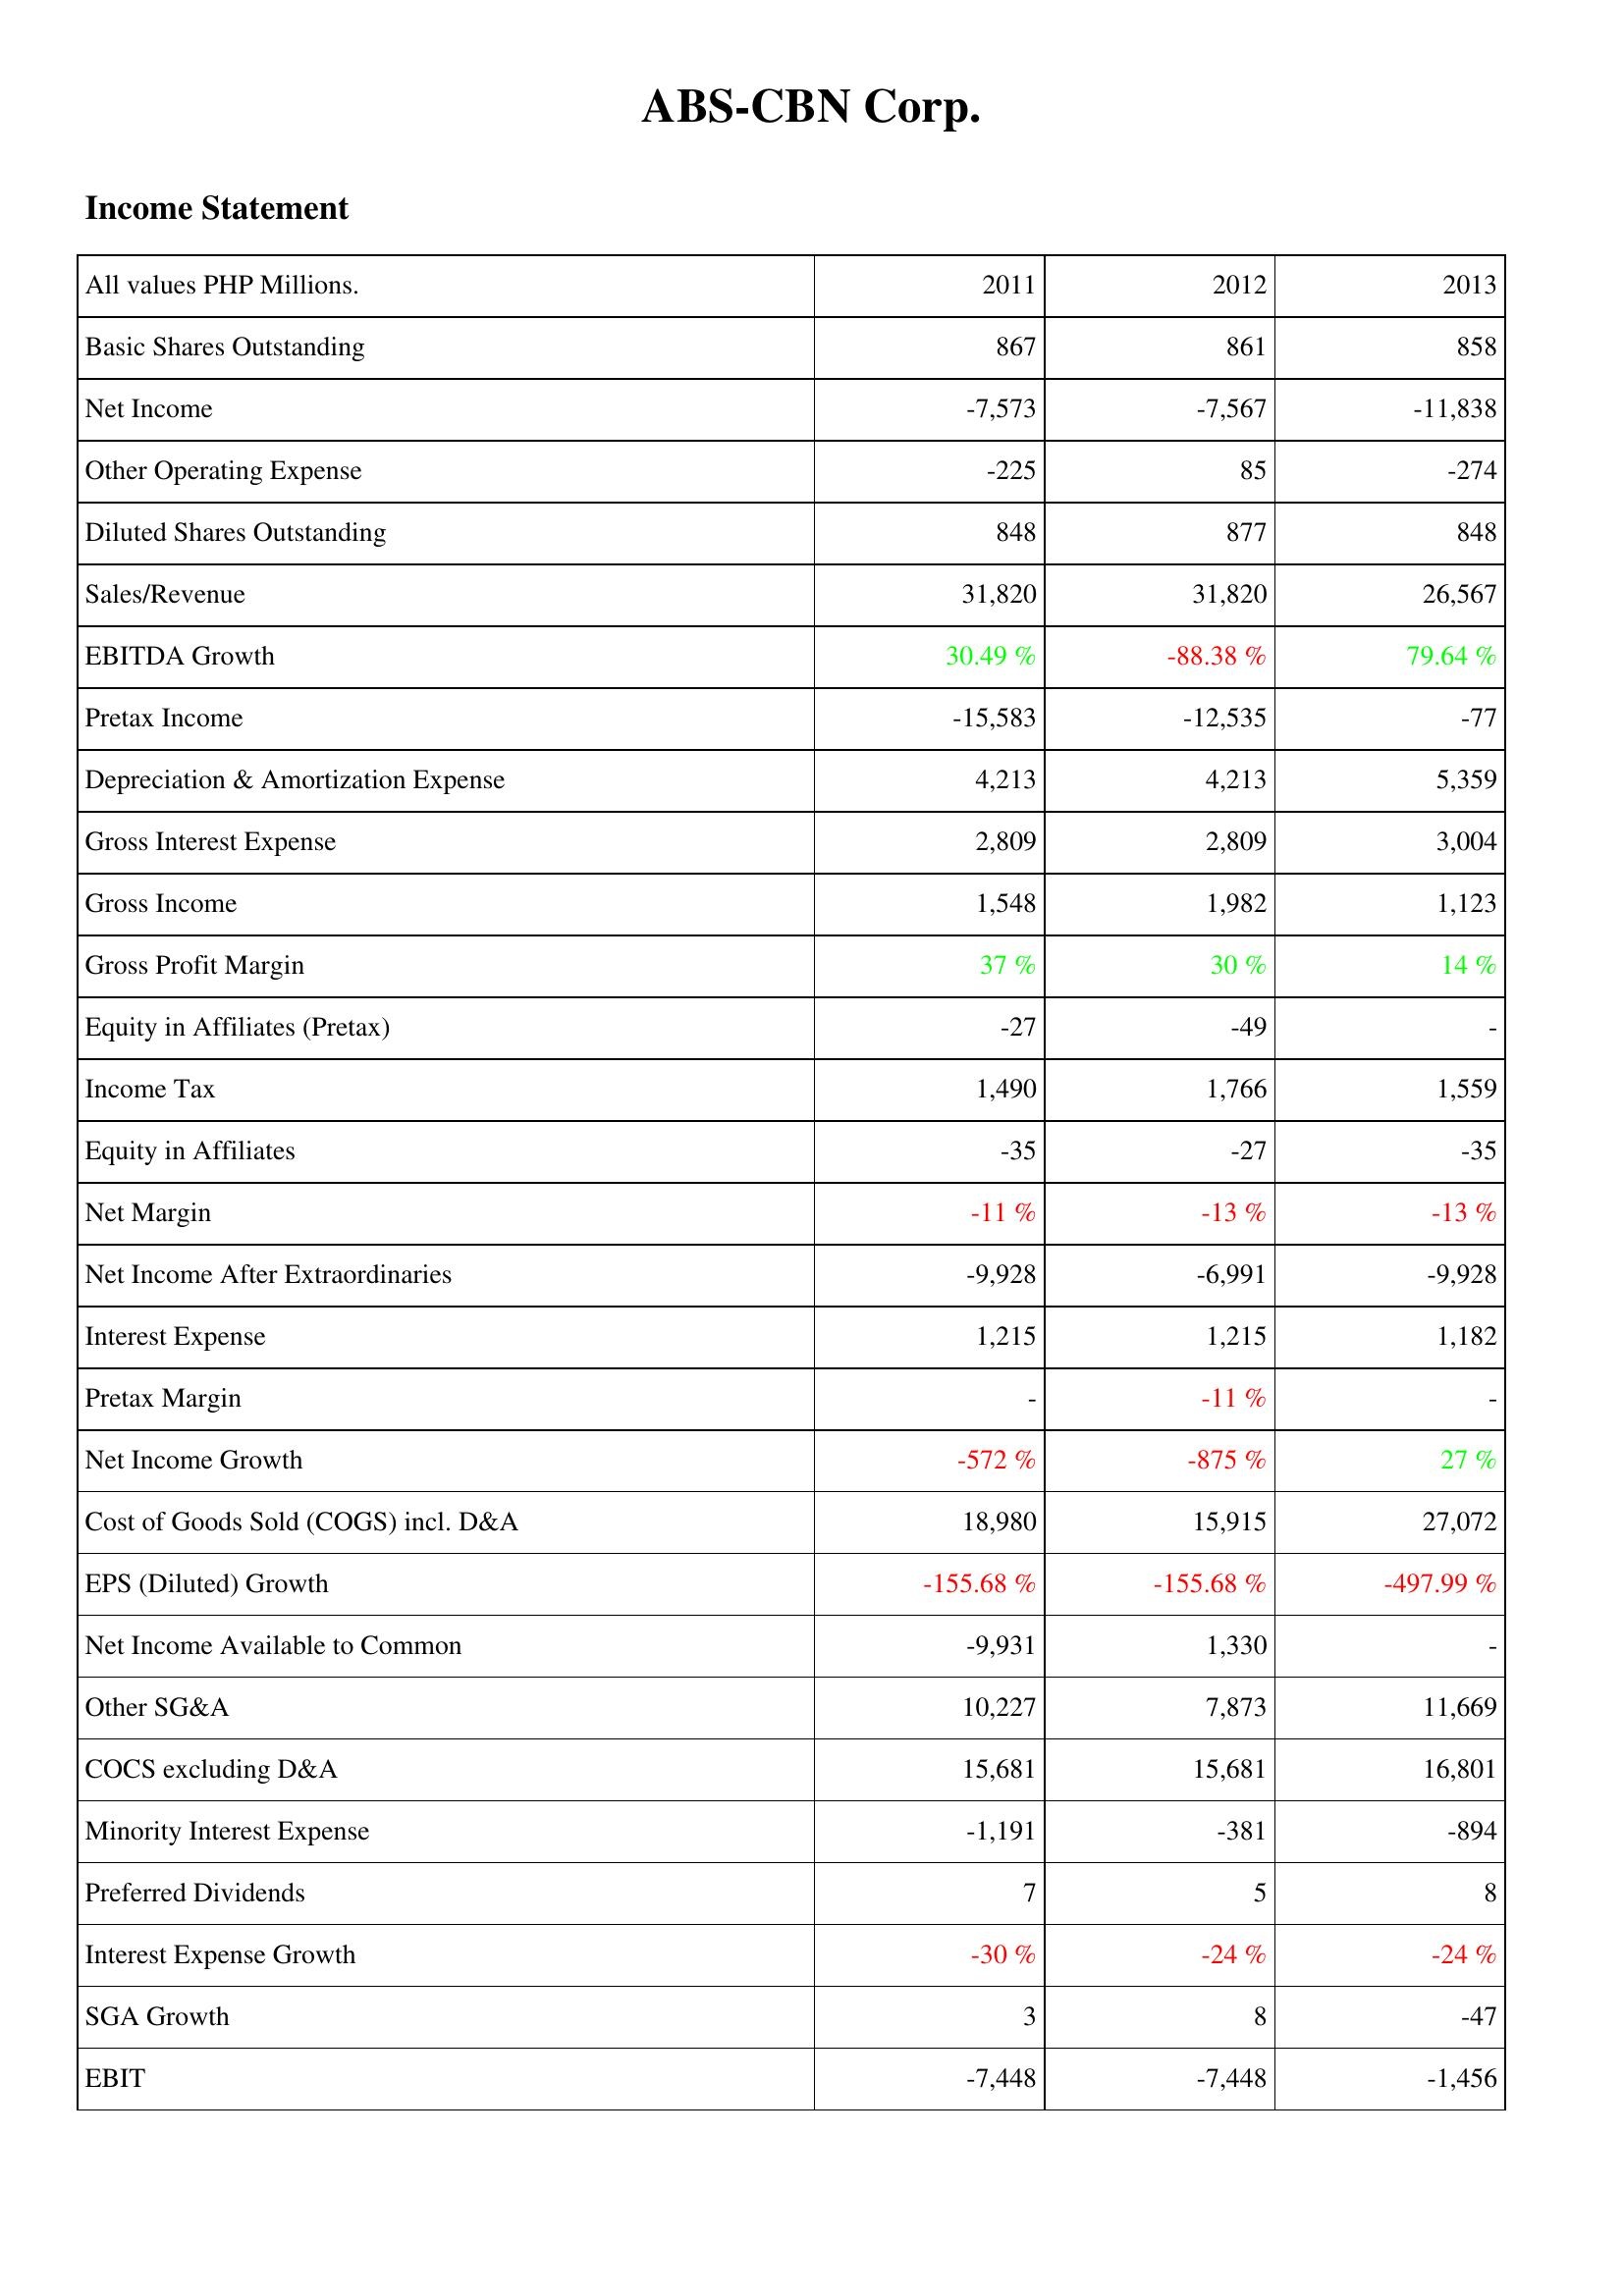
2011: Income Statement: Basic Shares Outstanding: 867
Net Income: -7,573
Other Operating Expense: -225
Diluted Shares Outstanding: 848
Sales/Revenue: 31,820
EBITDA Growth: 30.49 %
Pretax Income: -15,583
Depreciation & Amortization Expense: 4,213
Gross Interest Expense: 2,809
Gross Income: 1,548
Gross Profit Margin: 37 %
Equity in Affiliates (Pretax): -27
Income Tax: 1,490
Equity in Affiliates: -35
Net Margin: -11 %
Net Income After Extraordinaries: -9,928
Interest Expense: 1,215
Pretax Margin: -
Net Income Growth: -572 %
Cost of Goods Sold (COGS) incl. D&A: 18,980
EPS (Diluted) Growth: -155.68 %
Net Income Available to Common: -9,931
Other SG&A: 10,227
COCS excluding D&A: 15,681
Minority Interest Expense: -1,191
Preferred Dividends: 7
Interest Expense Growth: -30 %
SGA Growth: 3
EBIT: -7,448
2012: Income Statement: Basic Shares Outstanding: 861
Net Income: -7,567
Other Operating Expense: 85
Diluted Shares Outstanding: 877
Sales/Revenue: 31,820
EBITDA Growth: -88.38 %
Pretax Income: -12,535
Depreciation & Amortization Expense: 4,213
Gross Interest Expense: 2,809
Gross Income: 1,982
Gross Profit Margin: 30 %
Equity in Affiliates (Pretax): -49
Income Tax: 1,766
Equity in Affiliates: -27
Net Margin: -13 %
Net Income After Extraordinaries: -6,991
Interest Expense: 1,215
Pretax Margin: -11 %
Net Income Growth: -875 %
Cost of Goods Sold (COGS) incl. D&A: 15,915
EPS (Diluted) Growth: -155.68 %
Net Income Available to Common: 1,330
Other SG&A: 7,873
COCS excluding D&A: 15,681
Minority Interest Expense: -381
Preferred Dividends: 5
Interest Expense Growth: -24 %
SGA Growth: 8
EBIT: -7,448
2013: Income Statement: Basic Shares Outstanding: 858
Net Income: -11,838
Other Operating Expense: -274
Diluted Shares Outstanding: 848
Sales/Revenue: 26,567
EBITDA Growth: 79.64 %
Pretax Income: -77
Depreciation & Amortization Expense: 5,359
Gross Interest Expense: 3,004
Gross Income: 1,123
Gross Profit Margin: 14 %
Equity in Affiliates (Pretax): -
Income Tax: 1,559
Equity in Affiliates: -35
Net Margin: -13 %
Net Income After Extraordinaries: -9,928
Interest Expense: 1,182
Pretax Margin: -
Net Income Growth: 27 %
Cost of Goods Sold (COGS) incl. D&A: 27,072
EPS (Diluted) Growth: -497.99 %
Net Income Available to Common: -
Other SG&A: 11,669
COCS excluding D&A: 16,801
Minority Interest Expense: -894
Preferred Dividends: 8
Interest Expense Growth: -24 %
SGA Growth: -47
EBIT: -1,456